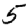
Digit: 5